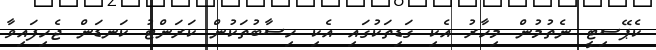
ކެޕޭސިޓީ ނެތުމުން މިހާރު އެކި ގަޑިތަކުގައި އެކި ހިސާބުތަކުން ކަރަންޓު ކަނޑަން ޖެހިފައިވާ